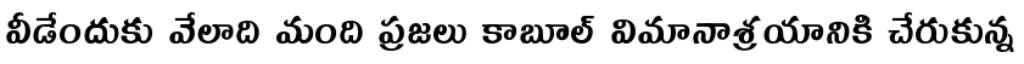
వీడేందుకు వేలాది మంది ప్రజలు కాబూల్ విమానాశ్రయానికి చేరుకున్న